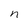
Character: n